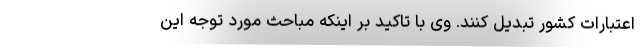
اعتبارات کشور تبدیل کنند. وی با تاکید بر اینکه مباحث مورد توجه این